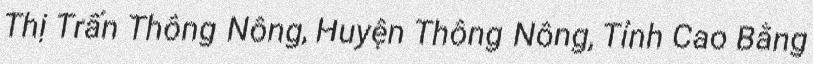
Thị Trấn Thông Nông, Huyện Thông Nông, Tỉnh Cao Bằng